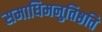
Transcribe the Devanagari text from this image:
समाधिमनुतिष्ठति